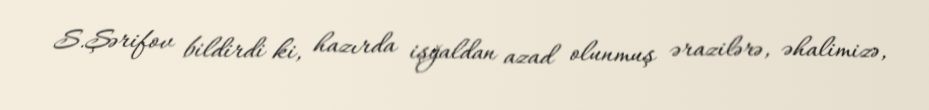
S.Şərifov bildirdi ki, hazırda işğaldan azad olunmuş ərazilərə, əhalimizə,